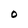
Character: O